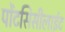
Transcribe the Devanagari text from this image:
पोंटसिसीलाईट